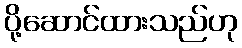
ပို့ဆောင်ထားသည်ဟု